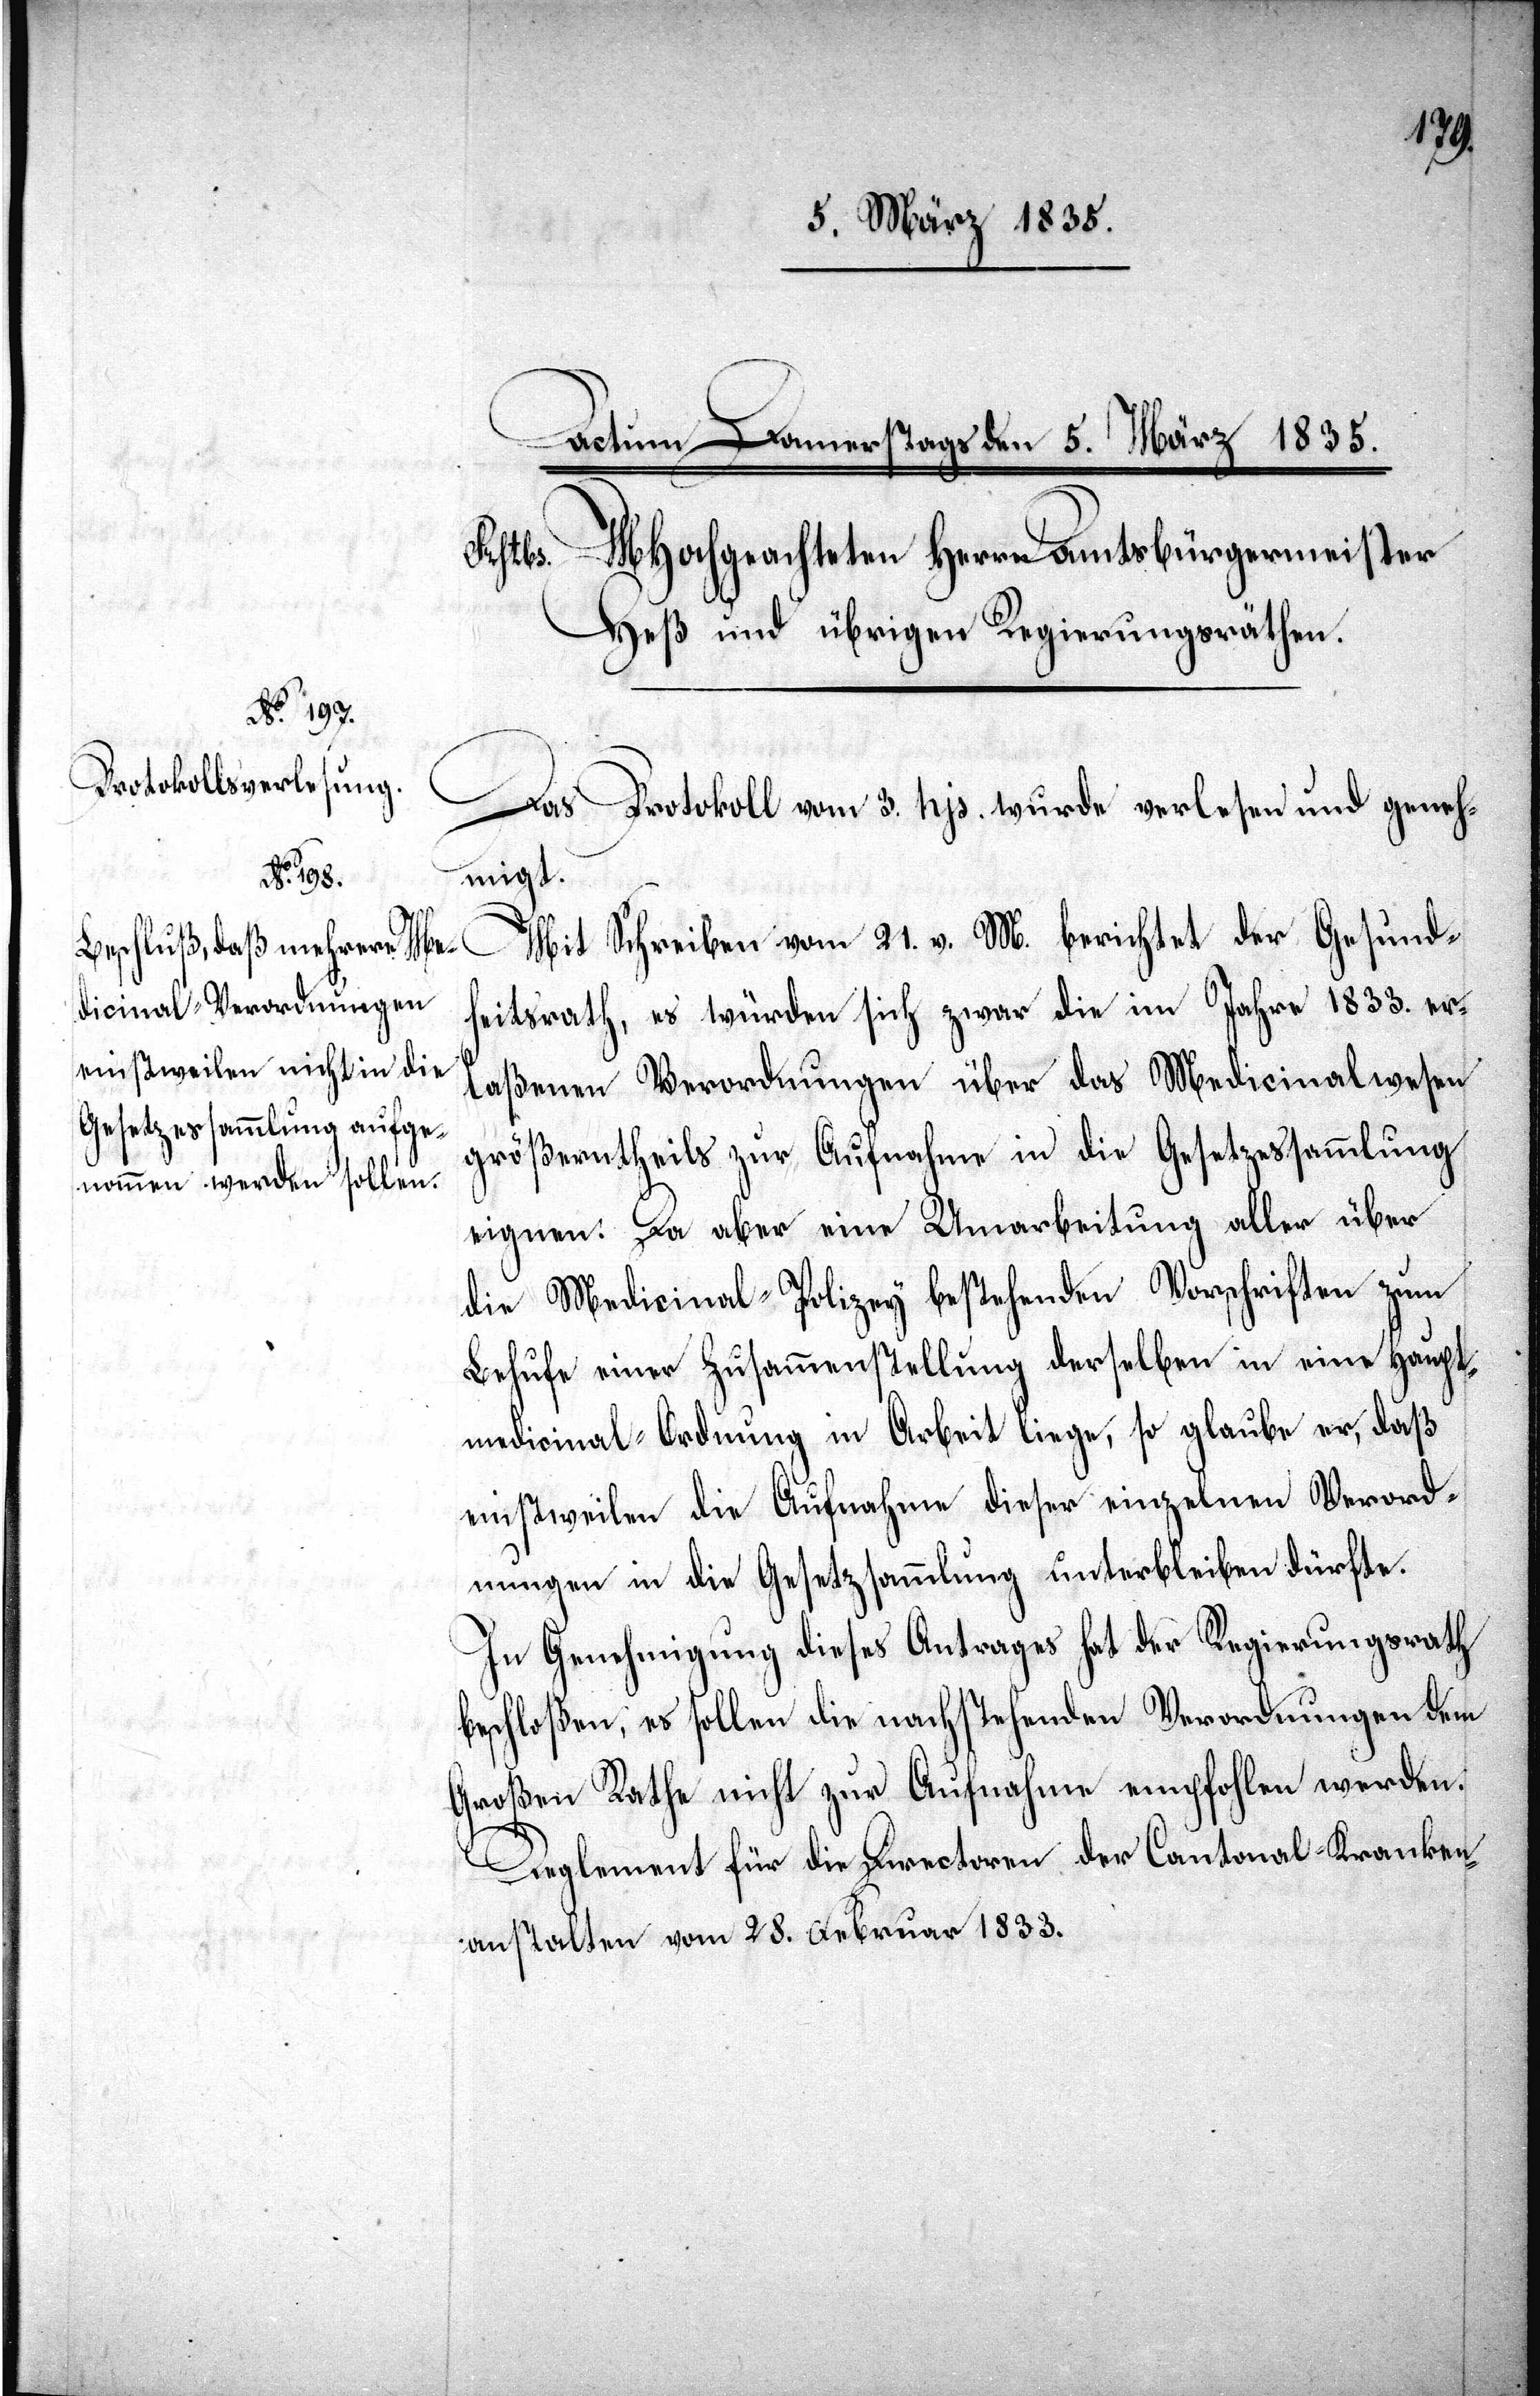
Das Protokoll vom 3. hjs. wurde verlesen und geneh¬
migt.
Mit Schreiben vom 21. v. M. berichtet der Gesundh¬
eitsrath, es würden sich zwar die im Jahre 1833. er¬
laßenen Verordnungen über das Medicinalwesen
größtentheils zur Aufnahme in die Gesetzessammlung
eignen. Da aber eine Umarbeitung aller über
die Medicinal-Polizey bestehenden Vorschriften zum
Behufe einer Zusammenstellung derselben in eine Haupt¬
medicinal-Ordnung in Arbeit liege, so glaube er, daß
einstweilen die Aufnahme dieser einzelnen Verord¬
nungen in die Gesetzessammlung unterbleiben dürfte.
In Genehmigung dieses Antrages hat der Regierungsrath
beschloßen, es sollen die nachstehenden Verordnungen dem
Großen Rathe nicht zur Aufnahme empfohlen werden.
Reglement für die Directoren der Cantonal-Kranken¬
anstalten vom 28. Februar 1833.